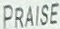
PRAISE